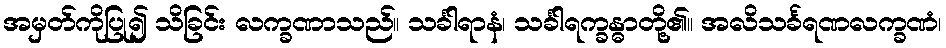
အမှတ်ကိုပြု၍ သိခြင်း လက္ခဏာသည်။ သင်္ခါရာနံ၊ သင်္ခါရက္ခန္ဓာတို့၏။ အလိသင်္ခရဏလက္ခဏံ၊